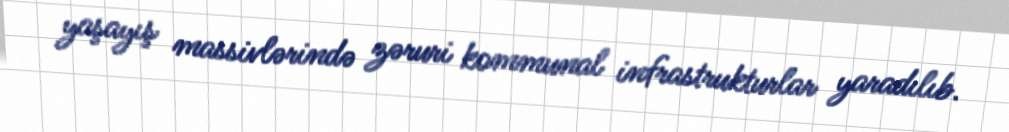
yaşayış massivlərində zəruri kommunal infrastrukturlar yaradılıb.